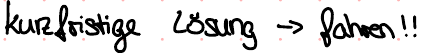
kurzfristige Lösung -> fahren!!